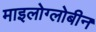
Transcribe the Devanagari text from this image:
माइलोग्लोबीन